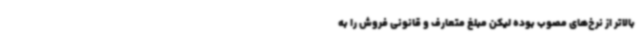
بالاتر از نرخ‌های مصوب بوده لیکن مبلغ متعارف و قانونی فروش را به